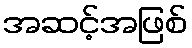
အဆင့်အဖြစ်